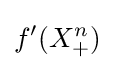
{f'}(X_{+}^{n})